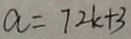
a = 7 2 k + 3